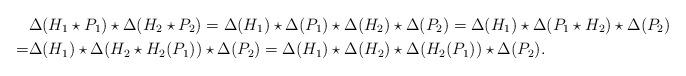
LaTeX: \begin{align*}&\Delta(H_1\star P_1)\star \Delta(H_2\star P_2)=\Delta(H_1)\star \Delta(P_1)\star \Delta(H_2)\star \Delta(P_2)=\Delta(H_1)\star \Delta(P_1 \star H_2)\star \Delta(P_2)\\=&\Delta(H_1)\star \Delta(H_2\star H_2(P_1))\star \Delta(P_2)=\Delta(H_1)\star \Delta(H_2)\star \Delta(H_2(P_1))\star \Delta(P_2).\end{align*}